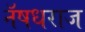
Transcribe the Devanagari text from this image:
नॅषधराज